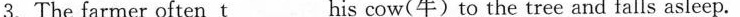
3.The farmer often \underline{t} his cow(牛)to the tree and falls asleep.